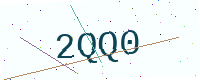
Text: 2QQ0